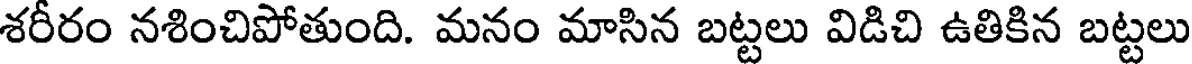
శరీరం నశించిపోతుంది. మనం మాసిన బట్టలు విడిచి ఉతికిన బట్టలు